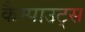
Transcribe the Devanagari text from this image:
कैम्पाउट्स